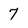
Character: 7